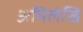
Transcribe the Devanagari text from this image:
अभिलेखि